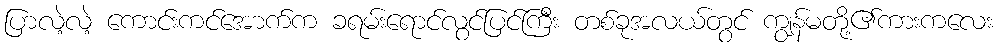
ပြာလဲ့လဲ့ ကောင်းကင်အောက်က ခရမ်းရောင်လွင်ပြင်ကြီး တစ်ခုအလယ်တွင် ကျွန်မတို့၏ကားကလေး